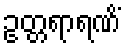
ဥတ္တရာရဏိံ